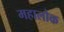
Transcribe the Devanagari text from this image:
महालोक